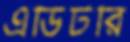
এডিটরি